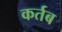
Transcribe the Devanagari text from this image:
कर्तब